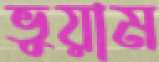
ভুয়াম